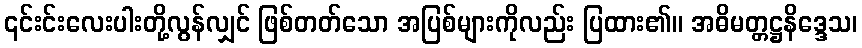
၎င်းင်းလေးပါးတို့လွန်လျှင် ဖြစ်တတ်သော အပြစ်များကိုလည်း ပြထား၏။ အဓိမတ္တဋ္ဌနိဒ္ဒေသ၊